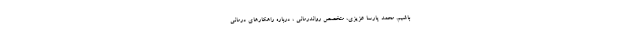
باشیم. محمد پارسا عزیزی، متخصص رواندرمانی ، درباره راهکارهای درمانی